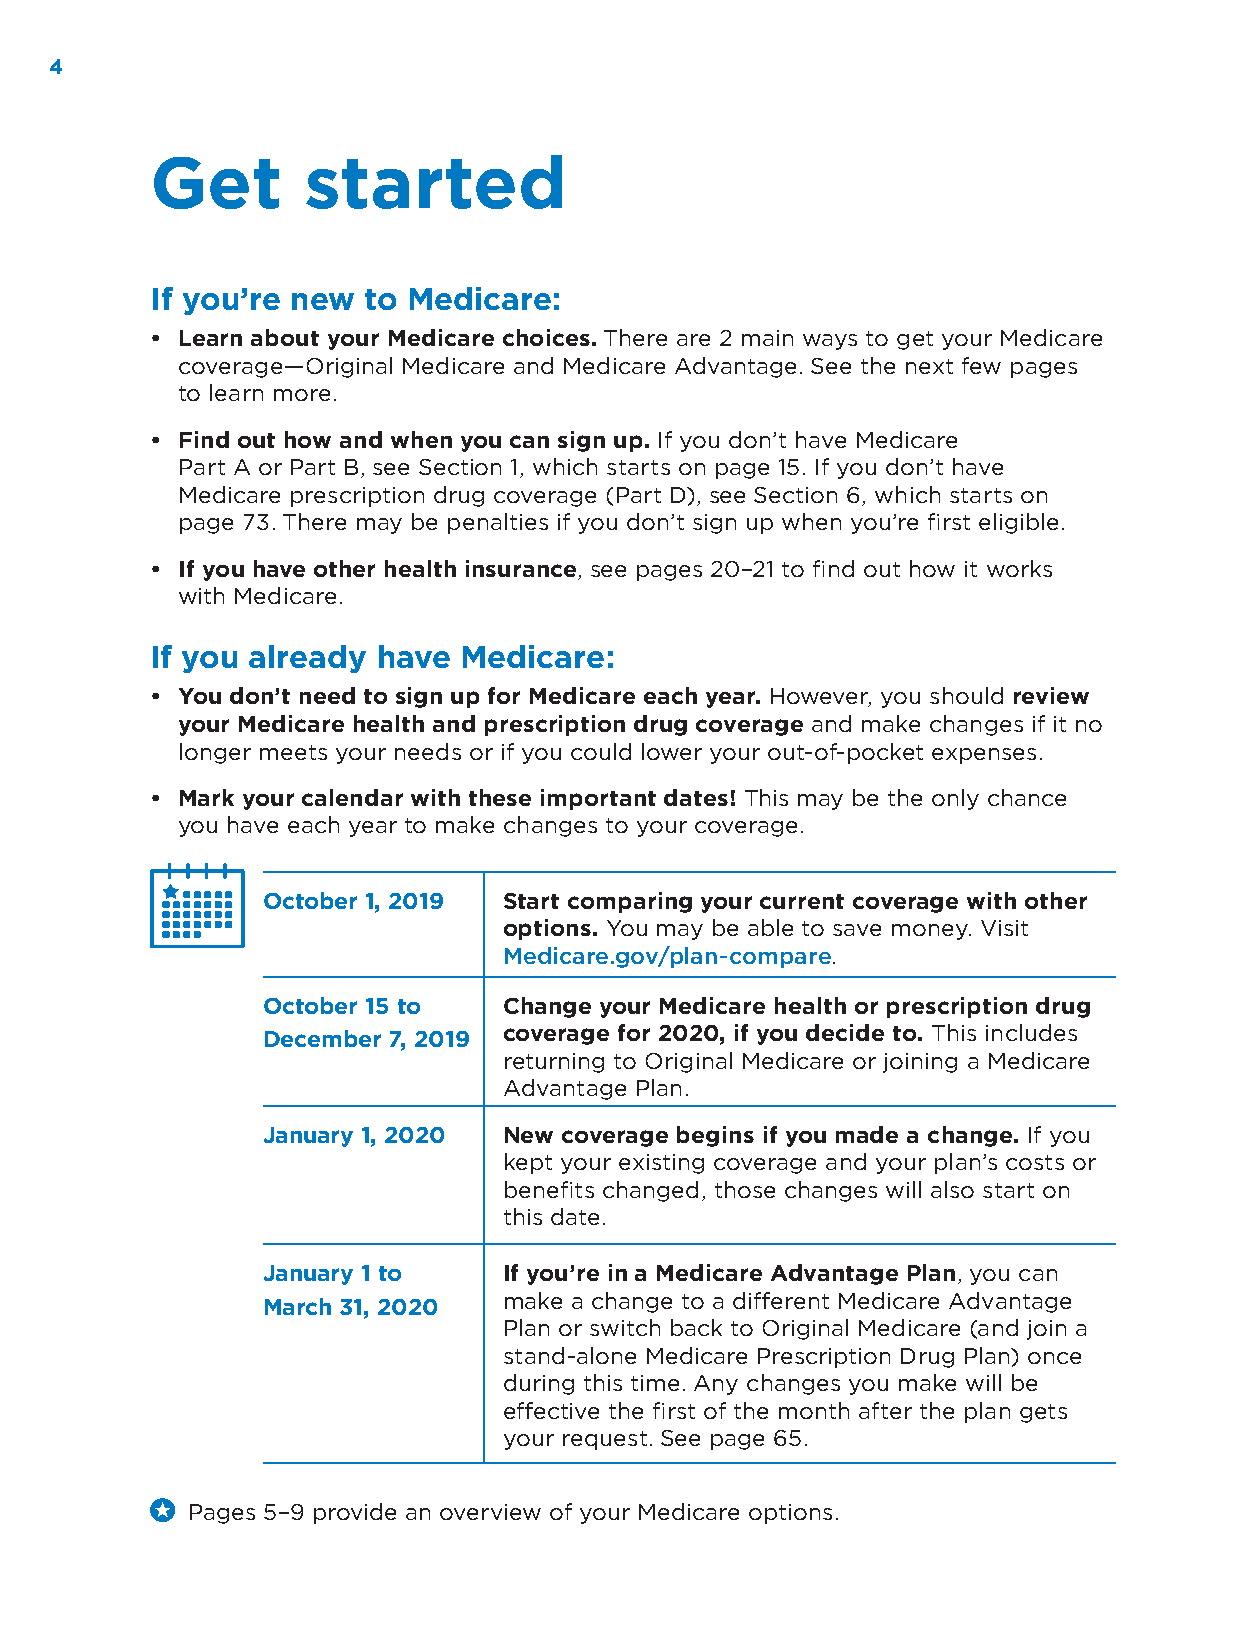
4
 Get       started
 If you’re new to Medicare:
 • Learn about your Medicare choices. There are 2 main ways to get your Medicare
 coverage—Original Medicare and Medicare Advantage. See the next few pages
 to learn more.
 • Find out how and when you can sign up. If you don’t have Medicare
 Part A or Part B, see Section 1, which starts on page 15. If you don’t have
 Medicare prescription drug coverage (Part D), see Section 6, which starts on
 page 73. There may be penalties if you don’t sign up when you’re first eligible.
 • If you have other health insurance, see pages 20–21 to find out how it works
 with Medicare.
 If you already have Medicare:
 • You don’t need to sign up for Medicare each year. However, you should review
 your Medicare health and prescription drug coverage and make changes if it no
 longer meets your needs or if you could lower your out-of-pocket expenses.
 • Mark your calendar with these important dates! This may be the only chance
 you have each year to make changes to your coverage.
 October 1, 2019 Start comparing your current coverage with other
 options. You may be able to save money. Visit
 Medicare.gov/plan-compare.
 October 15 to   Change your Medicare health or prescription drug
 December 7, 2019 coverage for 2020, if you decide to. This includes
 returning to Original Medicare or joining a Medicare
 Advantage Plan.
 January 1, 2020 New coverage begins if you made a change. If you
 kept your existing coverage and your plan’s costs or
 benefits changed, those changes will also start on
 this date.
 January 1 to    If you’re in a Medicare Advantage Plan, you can
 make a change to a different Medicare Advantage
 March 31, 2020
 Plan or switch back to Original Medicare (and join a
 stand-alone Medicare Prescription Drug Plan) once
 during this time. Any changes you make will be
 effective the first of the month after the plan gets
 your request. See page 65.
 Pages 5–9 provide an overview of your Medicare options.